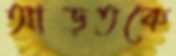
আড়তকে